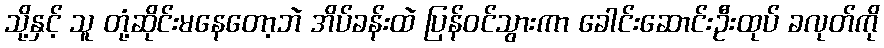
သို့နှင့် သူ တုံ့ဆိုင်းမနေတော့ဘဲ အိပ်ခန်းထဲ ပြန်ဝင်သွားကာ ခေါင်းဆောင်းဦးထုပ် ခလုတ်ကို